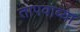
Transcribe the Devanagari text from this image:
तापवाव्या